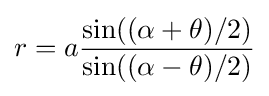
r=a{\frac {\sin((\alpha +\theta )/2)}{\sin((\alpha -\theta )/2)}}